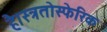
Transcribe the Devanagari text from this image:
है।स्त्रतोस्फेरिक